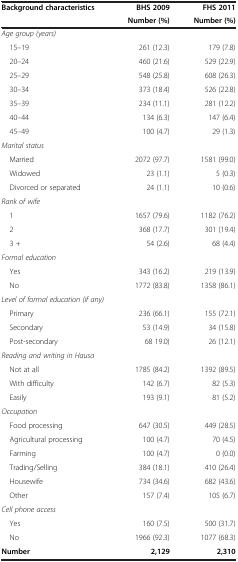
| <ROWSPAN=2> Background characteristics | BHS 2009 | FHS 2011 |
 | Number (%) | Number (%) |
 | --- | --- | --- |
 | Age group (years) |  |  |
 | 15–19 | 261 (12.3) | 179 (7.8) |
 | 20–24 | 460 (21.6) | 529 (22.9) |
 | 25–29 | 548 (25.8) | 608 (26.3) |
 | 30–34 | 373 (18.4) | 526 (22.8) |
 | 35–39 | 234 (11.1) | 281 (12.2) |
 | 40–44 | 134 (6.3) | 147 (6.4) |
 | 45–49 | 100 (4.7) | 29 (1.3) |
 | Marital status |  |  |
 | Married | 2072 (97.7) | 1581 (99.0) |
 | Widowed | 23 (1.1) | 5 (0.3) |
 | Divorced or separated | 24 (1.1) | 10 (0.6) |
 | Rank of wife |  |  |
 | 1 | 1657 (79.6) | 1182 (76.2) |
 | 2 | 368 (17.7) | 301 (19.4) |
 | 3 + | 54 (2.6) | 68 (4.4) |
 | Formal education |  |  |
 | Yes | 343 (16.2) | 219 (13.9) |
 | No | 1772 (83.8) | 1358 (86.1) |
 | Level of formal education (if any) |  |  |
 | Primary | 236 (66.1) | 155 (72.1) |
 | Secondary | 53 (14.9) | 34 (15.8) |
 | Post-secondary | 68 19.0) | 26 (12.1) |
 | Reading and writing in Hausa |  |  |
 | Not at all | 1785 (84.2) | 1392 (89.5) |
 | With difficulty | 142 (6.7) | 82 (5.3) |
 | Easily | 193 (9.1) | 81 (5.2) |
 | Occupation |  |  |
 | Food processing | 647 (30.5) | 449 (28.5) |
 | Agricultural processing | 100 (4.7) | 70 (4.5) |
 | Farming | 100 (4.7) | 0 (0.0) |
 | Trading/Selling | 384 (18.1) | 410 (26.4) |
 | Housewife | 734 (34.6) | 682 (43.6) |
 | Other | 157 (7.4) | 105 (6.7) |
 | Cell phone access |  |  |
 | Yes | 160 (7.5) | 500 (31.7) |
 | No | 1966 (92.3) | 1077 (68.3) |
 | Number | 2,129 | 2,310 |